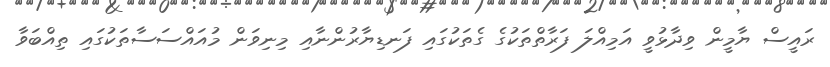
ރައީސް ޔާމީން ވިދާޅުވީ އަމިއްލަ ފަރާތްތަކުގެ ގެތަކުގައި ފަނޑިޔާރުންނާއި މިނިވަން މުއައްސަސާތަކުގައި ތިއްބަވާ